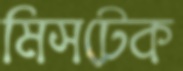
মিসটেক